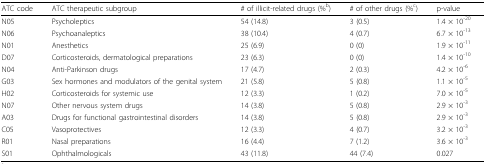
<table><thead><tr><td><b>ATC code</b></td><td><b>ATC therapeutic subgroup</b></td><td><b># of illicit-related drugs (%<sup>b</sup>)</b></td><td><b># of other drugs (%<sup>c</sup>)</b></td><td><b>p-value</b></td></tr></thead><tbody><tr><td>N05</td><td>Psycholeptics</td><td>54 (14.8)</td><td>3 (0.5)</td><td>1.4 × 10<sup>-20</sup></td></tr><tr><td>N06</td><td>Psychoanaleptics</td><td>38 (10.4)</td><td>4 (0.7)</td><td>6.7 × 10<sup>-13</sup></td></tr><tr><td>N01</td><td>Anesthetics</td><td>25 (6.9)</td><td>0 (0)</td><td>1.9 × 10<sup>-11</sup></td></tr><tr><td>D07</td><td>Corticosteroids, dermatological preparations</td><td>23 (6.3)</td><td>0 (0)</td><td>1.4 × 10<sup>-10</sup></td></tr><tr><td>N04</td><td>Anti-Parkinson drugs</td><td>17 (4.7)</td><td>2 (0.3)</td><td>4.2 × 10<sup>-6</sup></td></tr><tr><td>G03</td><td>Sex hormones and modulators of the genital system</td><td>21 (5.8)</td><td>5 (0.8)</td><td>1.1 × 10<sup>-5</sup></td></tr><tr><td>H02</td><td>Corticosteroids for systemic use</td><td>12 (3.3)</td><td>1 (0.2)</td><td>7.0 × 10<sup>-5</sup></td></tr><tr><td>N07</td><td>Other nervous system drugs</td><td>14 (3.8)</td><td>5 (0.8)</td><td>2.9 × 10<sup>-3</sup></td></tr><tr><td>A03</td><td>Drugs for functional gastrointestinal disorders</td><td>14 (3.8)</td><td>5 (0.8)</td><td>2.9 × 10<sup>-3</sup></td></tr><tr><td>C05</td><td>Vasoprotectives</td><td>12 (3.3)</td><td>4 (0.7)</td><td>3.2 × 10<sup>-3</sup></td></tr><tr><td>R01</td><td>Nasal preparations</td><td>16 (4.4)</td><td>7 (1.2)</td><td>3.6 × 10<sup>-3</sup></td></tr><tr><td>S01</td><td>Ophthalmologicals</td><td>43 (11.8)</td><td>44 (7.4)</td><td>0.027</td></tr></tbody></table>